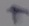
Text: +